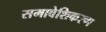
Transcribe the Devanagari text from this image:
समावेशिकरण